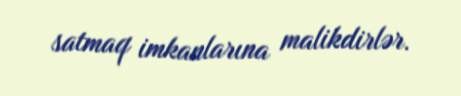
satmaq imkanlarına malikdirlər.